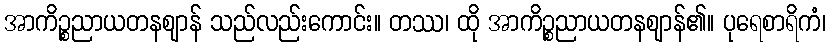
အာကိဉ္စညာယတနဈာန် သည်လည်းကောင်း။ တဿ၊ ထို အာကိဉ္စညာယတနဈာန်၏။ ပုရေစာရိကံ၊